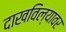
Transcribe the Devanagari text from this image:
दाखविल्यावर